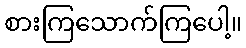
စားကြသောက်ကြပေါ့။